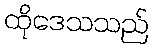
ထိုဒေသသည်